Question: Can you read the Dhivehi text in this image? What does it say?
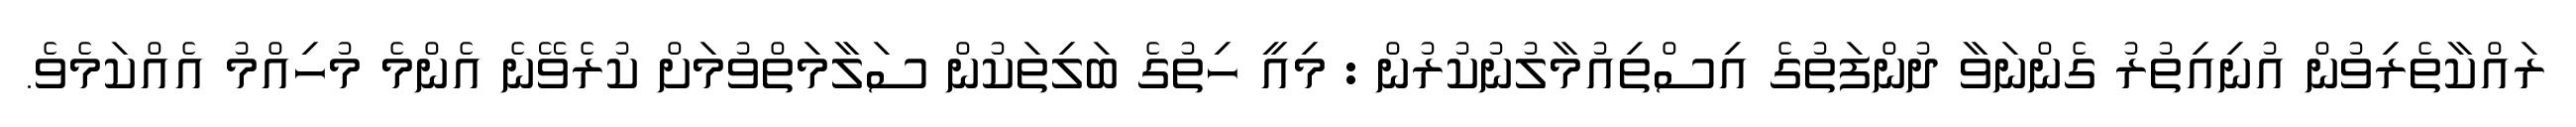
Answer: ރައްކާތެރިވުން އުނިއިތުރު ގެންނަވާ ދުންފަތުގެ އިސްތިއުމާލުނުކުރުން : މިއީ ހިތުގެ ބަލިތަކުން ސަލާމަތްވުމަށް ކުރެވޭނެ އެންމެ މުހިއްމު އެއްކަމެވެ.